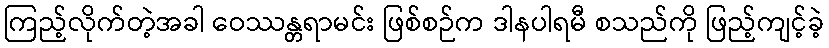
ကြည့်လိုက်တဲ့အခါ ဝေဿန္တရာမင်း ဖြစ်စဉ်က ဒါနပါရမီ စသည်ကို ဖြည့်ကျင့်ခဲ့